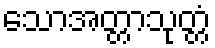
သောအတ္တာသုတ္တံ